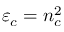
\varepsilon _ { c } = n _ { c } ^ { 2 }